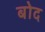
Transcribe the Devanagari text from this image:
बोद